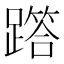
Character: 𨅞